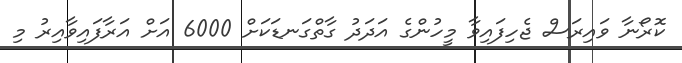
ކޮރޯނާ ވައިރަސް ޖެހިފައިވާ މީހުންގެ އަދަދު ގާތްގަނޑަކަށް 6000 އަށް އަރާފައިވާއިރު މި